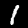
Digit: 1